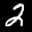
Label: 2